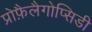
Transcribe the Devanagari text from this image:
प्रोफ़ैलैगोप्सिडी